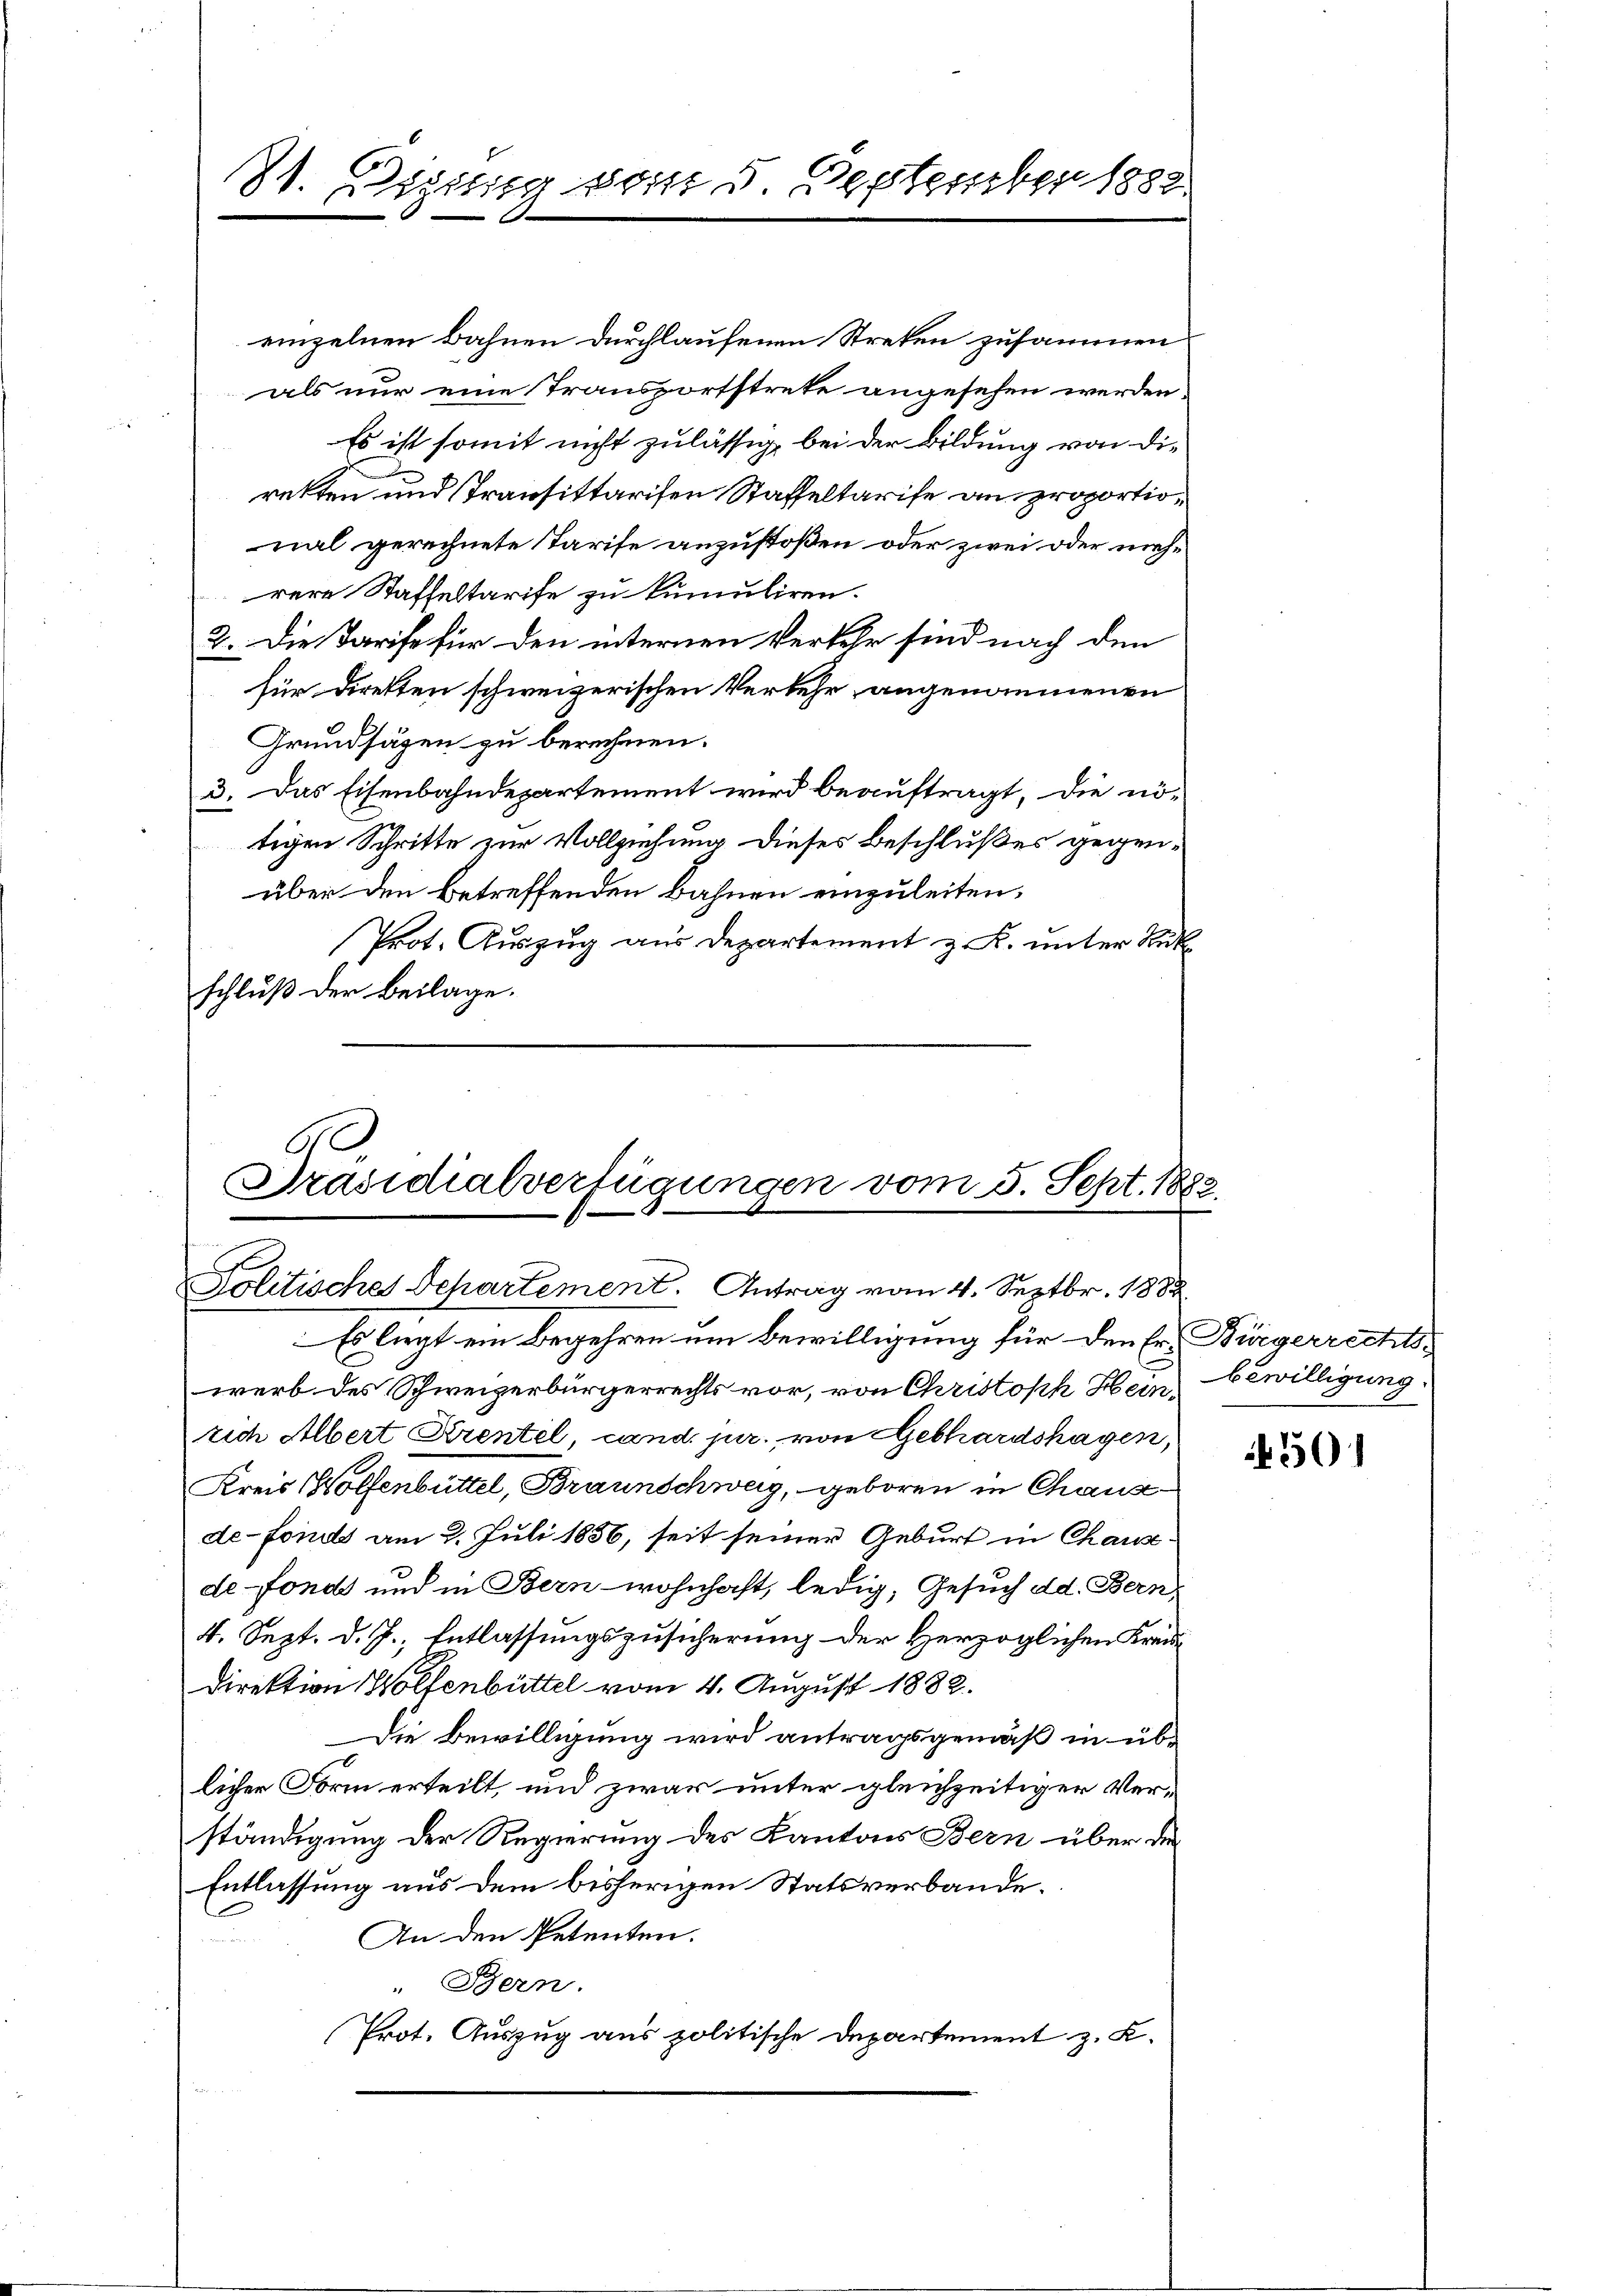
St. Legung vom 5. September 1882

einzelnen Bahnen durchlaufenen Streken zusammen
als nur eine Transportstrete angesehen werden.
Es ist somit nicht zulässig, bei der Bildung von die
retten und Transittarifen Staffeltarife an proportional gerechnete Tarife anzustoßen oder zwei oder mehrere Staffeltarife zu kumuliren.
2. Die Tarife für den internen Verkehr sind nach den
für direkten schweizerischen Verkehr angenommenen
Grundsäzen zu berechnen.
3. Das Eisenbahndepartement wird beauftragt, die nö-
tigen Schritte zur Vollziehung dieses Beschlußes gegen-
über den betreffenden Bahnen einzuleiten,
Prot. Auszug aus Departement z. K. unter Rük
schluß der Beilage.

A
Präsidialverfügungen vom 5. Sept. 188.
Politisches Departement. Antrag vom 4. Septbr. 1888

Es liegt ein Begehren um Bewilligung für den Er. Bürgerrechtswerb des Schweizerbürgerrechts vor, von Christoph Hein bewilligung
rich Albert Krentel, cand. jur., von Gebhardshagen,
Kreis Wolfenbüttel, Braunschweg, geboren in Chausde-Fonds am 2. Juli 1856, seit seiner Geburt in Chausde-Fonds und in Bern wohnhaft, ledig, Gesuch dd. Bern,
4. Sept. d. J., Entlassungszusicherung der Herzoglichen Kreis
Direktion Wolfenbüttel vom 4. August 1882.
Die Bewilligung wird antragsgemäß in üblicher Form erteilt, und zwar unter gleichzeitiger Verständigung der Regierung des Kantons Bern über de
Entlassung aus dem bisherigen Statsverbande.
An den Petenten.
„Bern.
Prot. Auszug aus politische Departement z. K.

56